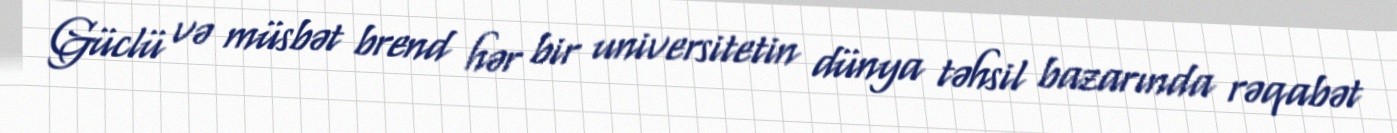
Güclü və müsbət brend hər bir universitetin dünya təhsil bazarında rəqabət